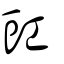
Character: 豇